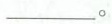
___。